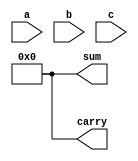
module carry_save_adder #(
    parameter WIDTH = 8,    // Width of each input
    parameter NUM_INPUTS = 3 // Number of inputs (i.e., three numbers)
)(
    input  [WIDTH-1:0] a,   // First input
    input  [WIDTH-1:0] b,   // Second input
    input  [WIDTH-1:0] c,   // Third input
    output [WIDTH:0] sum,    // Final sum output
    output [WIDTH:0] carry    // Final carry output
);

    // Intermediate wires for each bit position
    wire [WIDTH-1:0] sum_intermediate [NUM_INPUTS-1:0];
    wire [WIDTH-1:0] carry_intermediate [NUM_INPUTS-1:0];
    
    // Generate the sum and carry for each bit position using full adders
    genvar i;
    generate
        for (i = 0; i < WIDTH; i = i + 1) begin : CSA_STAGE
            wire s1, s2, c1, c2, c3;
            
            // Full adder for a[i] and b[i]
            assign s1 = a[i] ^ b[i]; // Partial sum
            assign c1 = a[i] & b[i]; // Partial carry
            
            // Full adder for s1 and c[i]
            assign sum_intermediate[i] = s1 ^ c[i]; // Final sum bit for this position
            assign c2 = s1 & c[i];                // Carry from a and b
            assign c3 = c1 | c2;                   // Final carry response
            
            // Store intermediate results
            assign carry_intermediate[i] = c1 | c3;
        end
    endgenerate
    
    // Reduction tree to combine the carries and sums
    wire [WIDTH:0] final_sum;
    wire [WIDTH:0] final_carry;

    // Reduction tree logic
    assign final_sum = 0; // Initialize sum to 0
    assign final_carry = 0;  // Initialize carry to 0
    
    // Iterate through the combined sums and carries
    genvar j;
    generate
        for (j = 0; j < NUM_INPUTS; j = j + 1) begin : REDUCE_TREE
            assign final_sum = final_sum + sum_intermediate[j];
            assign final_carry = final_carry + carry_intermediate[j];
        end
    endgenerate

    // Final outputs
    assign sum = final_sum;
    assign carry = final_carry;

endmodule